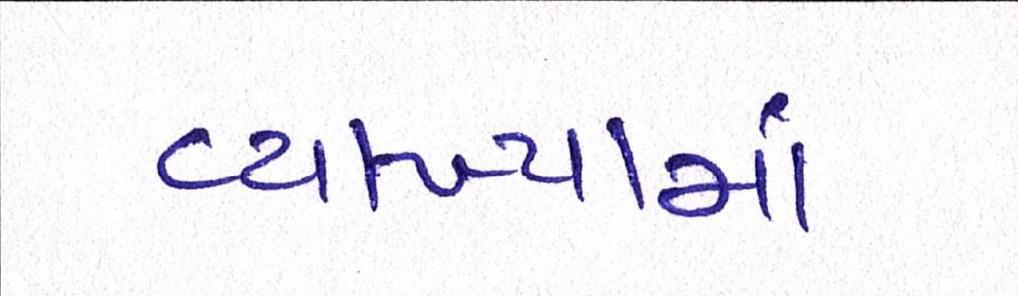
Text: વ્યાખ્યામાં